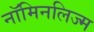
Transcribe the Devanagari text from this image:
नॉमिनलिज्म